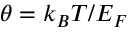
\theta = k _ { B } T / E _ { F }